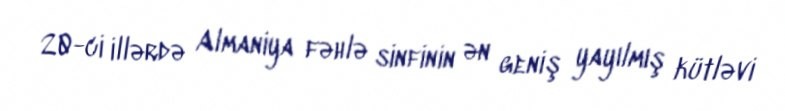
20-ci illərdə Almaniya fəhlə sinfinin ən geniş yayılmış kütləvi